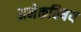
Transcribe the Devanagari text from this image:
अनेकविषय